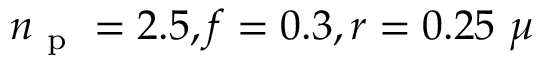
n _ { \mathrm { ~ p ~ } } = 2 . 5 , f = 0 . 3 , r = 0 . 2 5 ~ \mu